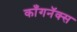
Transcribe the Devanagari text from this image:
काँगनॅक्स